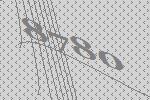
8780